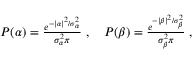
\begin{array} { r } { P ( \alpha ) = \frac { e ^ { - | \alpha | ^ { 2 } / \sigma _ { \alpha } ^ { 2 } } } { \sigma _ { \alpha } ^ { 2 } \pi } \; , \quad P ( \beta ) = \frac { e ^ { - | \beta | ^ { 2 } / \sigma _ { \beta } ^ { 2 } } } { \sigma _ { \beta } ^ { 2 } \pi } \; , } \end{array}